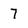
Character: 7